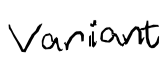
Text: variant
Cross-out: clean
Writing tool: digital_black